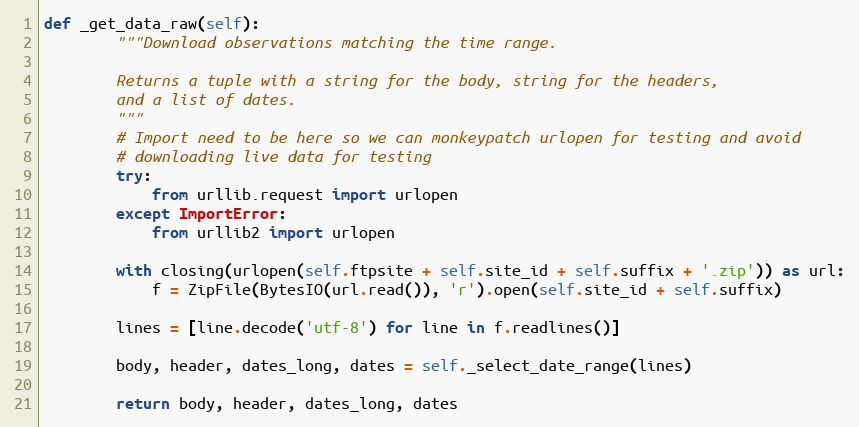
Language: Python
def _get_data_raw(self):
        """Download observations matching the time range.

        Returns a tuple with a string for the body, string for the headers,
        and a list of dates.
        """
        # Import need to be here so we can monkeypatch urlopen for testing and avoid
        # downloading live data for testing
        try:
            from urllib.request import urlopen
        except ImportError:
            from urllib2 import urlopen

        with closing(urlopen(self.ftpsite + self.site_id + self.suffix + '.zip')) as url:
            f = ZipFile(BytesIO(url.read()), 'r').open(self.site_id + self.suffix)

        lines = [line.decode('utf-8') for line in f.readlines()]

        body, header, dates_long, dates = self._select_date_range(lines)

        return body, header, dates_long, dates